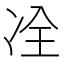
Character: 㓌